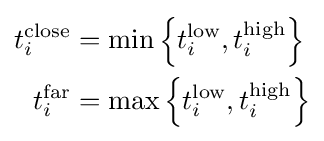
{\begin{aligned}t_{i}^{\text{close}}&=\min \left\{t_{i}^{\text{low}},t_{i}^{\text{high}}\right\}\\t_{i}^{\text{far}}&=\max \left\{t_{i}^{\text{low}},t_{i}^{\text{high}}\right\}\end{aligned}}